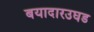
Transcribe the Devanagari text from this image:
बयादारउघड